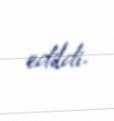
edildi.